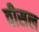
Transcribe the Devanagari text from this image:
वीसल